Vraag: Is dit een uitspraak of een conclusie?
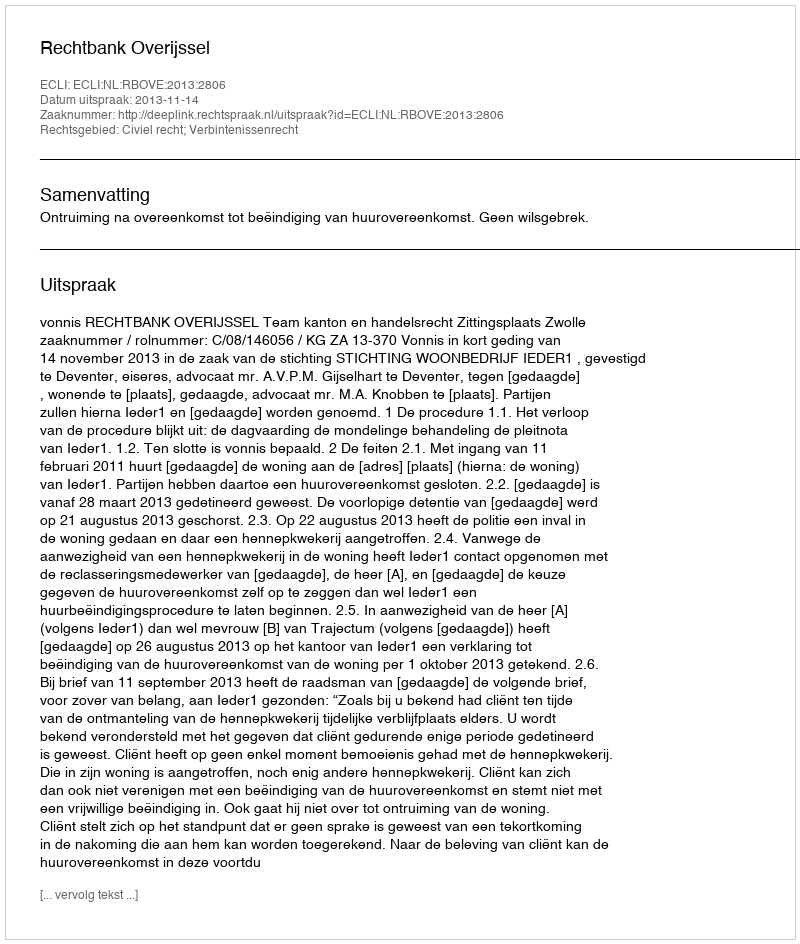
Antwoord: Uitspraak